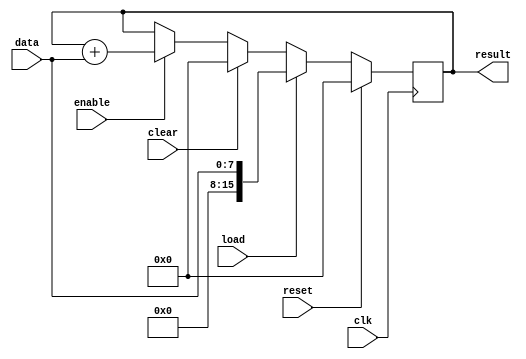
module accumulator (
    input wire clk,
    input wire reset,
    input wire load,
    input wire clear,
    input wire enable,
    input wire [7:0] data,
    output reg [15:0] result
);

reg [15:0] accumulator;

always @(posedge clk) begin
    if (reset) begin
        accumulator <= 16'b0;
    end else if (load) begin
        accumulator <= {8'b0, data};
    end else if (clear) begin
        accumulator <= 16'b0;
    end else if (enable) begin
        accumulator <= accumulator + data;
    end
end

assign result = accumulator;

endmodule